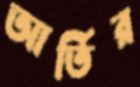
আর্তির